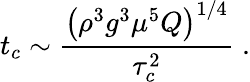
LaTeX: t_{c}\sim\frac{\left(\rho^{3}g^{3}\mu^{5}Q\right)^{1/4}}{\tau_{c}^{2}}\; .